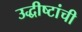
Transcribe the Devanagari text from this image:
उद्धीष्टांची